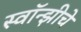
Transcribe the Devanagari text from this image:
स्वॉन्झीचे